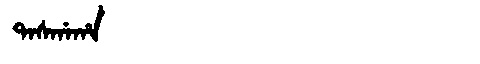
Manchu: ᡨᠠᠰᡤᠠᡥᠠ
Romanization: TASGAHA